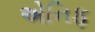
એનિફ